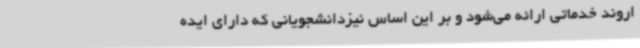
اروند خدماتی ارائه می‌شود و بر این اساس نیزدانشجویانی که دارای ایده